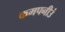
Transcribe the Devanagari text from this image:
कमपनीउं